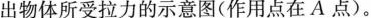
出物体所受拉力的示意图（作用点在A点）。